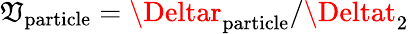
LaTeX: \mathfrak{V}_{\mathrm{{particle}}}=\Deltar_{\mathrm{{particle}}}/\Deltat_{2}